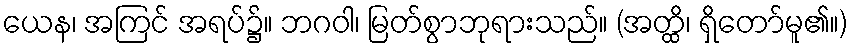
ယေန၊ အကြင် အရပ်၌။ ဘဂဝါ၊ မြတ်စွာဘုရားသည်။ (အတ္ထိ၊ ရှိတော်မူ၏။)